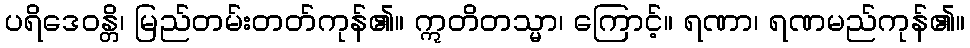
ပရိဒေဝန္တိ၊ မြည်တမ်းတတ်ကုန်၏။ ဣတိတသ္မာ၊ ကြောင့်။ ရဏာ၊ ရဏမည်ကုန်၏။